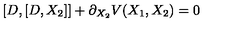
[ D , [ D , X _ { 2 } ] ] + \partial _ { X _ { 2 } } V ( X _ { 1 } , X _ { 2 } ) = 0